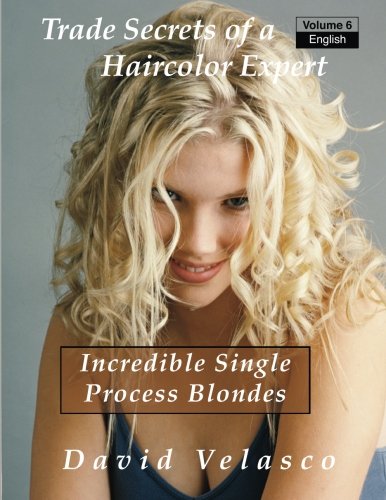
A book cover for Incredible Single Process Blondes (Trade Secrets of a Haircolor Expert) (Volume 6); David Velasco; Education & Teaching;